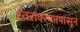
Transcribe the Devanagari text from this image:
स्तरावरणापासून